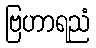
ဗြဟာရညံ